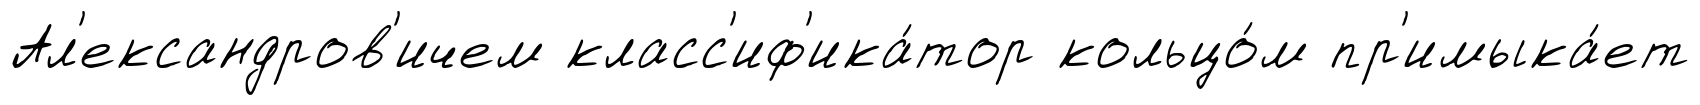
Ал'ександров'ичем класс'иф'ика́тор кольцо́м пр'имыка́ет